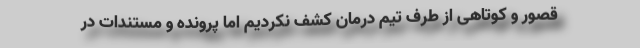
قصور و کوتاهی از طرف تیم درمان کشف نکردیم اما پرونده و مستندات در